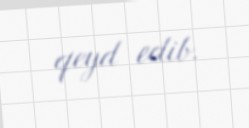
qeyd edib.